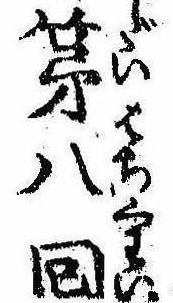
第八回